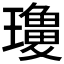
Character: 𱯾